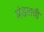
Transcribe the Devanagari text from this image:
मंडलची